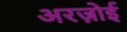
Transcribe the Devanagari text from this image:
अरज़ोई